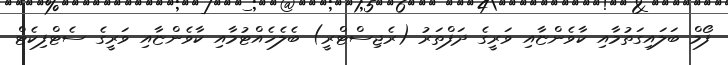
ފޯމް ބަލައިގަތުމާއި ކާވެންޏާއި ވަރީގެ ދަފްތަރު (ރެޖިސްޓްރީ) ބެލެހެއްޓުމާއި ކާވެންޏާއި ވަރީގެ ސެޓްފިކެޓް